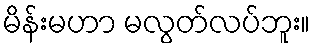
မိန်းမဟာ မလွတ်လပ်ဘူး။